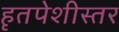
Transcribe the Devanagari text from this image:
हृतपेशीस्तर